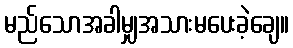
မည်သောအခါမျှအသားမပေးခဲ့ချေ။